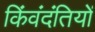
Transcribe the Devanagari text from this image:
किंवंदंतियों